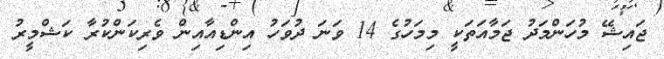
ޖައިޝޭ މުހަންމަދު ޖަމާއަތަކީ މިމަހުގެ 14 ވަނަ ދުވަހު އިންޑިއާއިން ވެރިކަންކުރާ ކަޝްމީރު